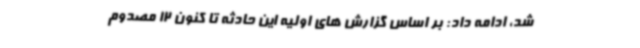
شد، ادامه داد: بر اساس گزارش های اولیه این حادثه تا کنون 12 مصدوم